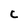
Character: C